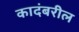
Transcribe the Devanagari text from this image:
कादंबरील